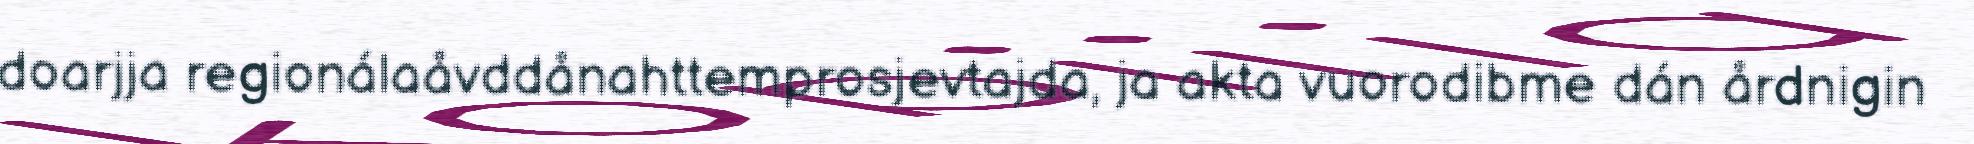
doarjja regionálaåvddånahttemprosjevtajda, ja akta vuorodibme dán årdnigin